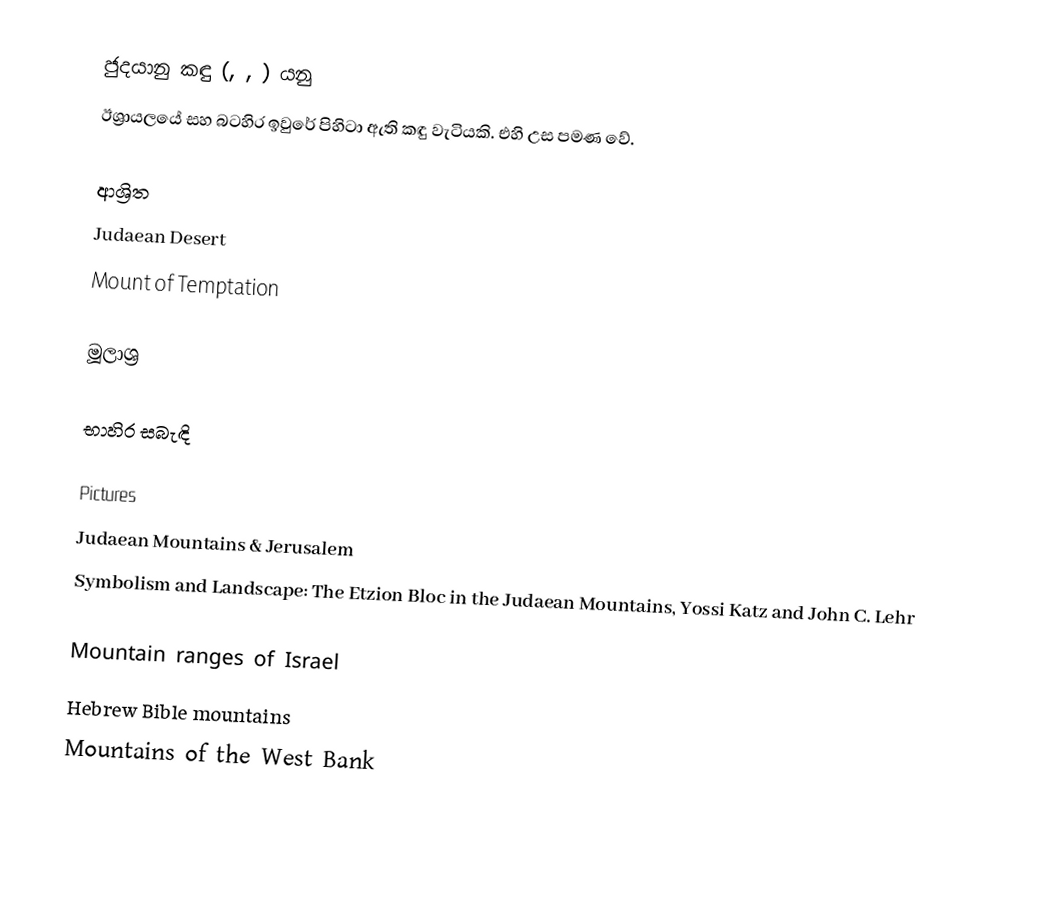
ජුදයානු කඳු (, , ) යනු
ඊශ්‍රායලයේ සහ බටහිර ඉවුරේ පිහිටා ඇති කඳු වැටියකි. එහි උස  පමණ වේ.

ආශ්‍රිත
 Judaean Desert
 Mount of Temptation

මූලාශ්‍ර

භාහිර සබැඳි

 Pictures
 Judaean Mountains & Jerusalem
 Symbolism and Landscape: The Etzion Bloc in the Judaean Mountains, Yossi Katz and John C. Lehr

Mountain ranges of Israel
Hebrew Bible mountains
Mountains of the West Bank